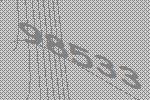
98533